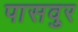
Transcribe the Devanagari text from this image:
पासवुर